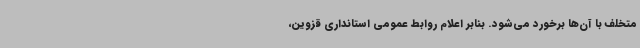
متخلف با آن‌ها برخورد می‌شود. بنابر اعلام روابط عمومی استانداری قزوین،